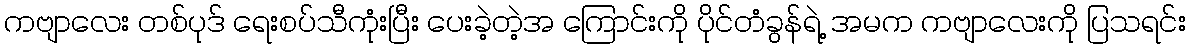
ကဗျာလေး တစ်ပုဒ် ရေးစပ်သီကုံးပြီး ပေးခဲ့တဲ့အ ကြောင်းကို ပိုင်တံခွန်ရဲ့ အမက ကဗျာလေးကို ပြသရင်း